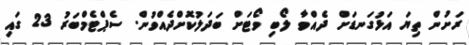
ރަށުން ތިޔަ އަޅުގަނޑަށް ދެއްވާ ލޯބި ވޯޓަށް ބަދަލުކޮށްދެއްވުން. ސެޕްޓެމްބަރު 23 ގައި